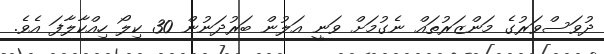
ދުވަސްވަރުގެ މަންޒަރުތައް ނެގުމަށް ވަނީ އަލުން ބަރުދަނުން 30 ކިލޯ ހިއްކާލާފަ އެވެ.